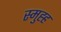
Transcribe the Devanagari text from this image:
स्मुह्ह